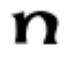
n